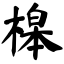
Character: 槔